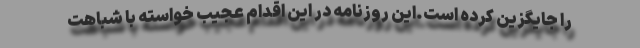
را جایگزین کرده است.این روزنامه در این اقدام عجیب خواسته با شباهت